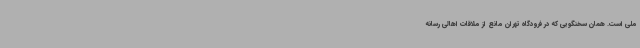
ملی است. همان سخنگویی که در فرودگاه تهران مانع از ملاقات اهالی رسانه